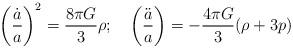
LaTeX: \begin{align*}\left(\frac{\dot a}{a}\right)^2 = \frac{8\pi G}{3} \rho; \quad \left(\frac{\ddot a}{a}\right) =- \frac{4\pi G}{3} (\rho +3p)\end{align*}